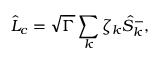
\hat { L } _ { c } = \sqrt { \Gamma } \sum _ { k } \zeta _ { k } \hat { S } _ { k } ^ { - } ,